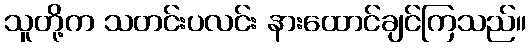
သူတို့က သတင်းပလင်း နားထောင်ချင်ကြသည်။